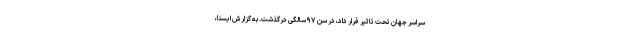
سراسر جهان تحت تاثیر قرار داد، در سن ۹۷ سالگی درگذشت. به گزارش ایسنا،